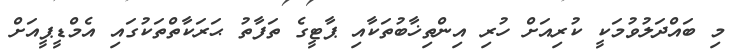
މި ބައްދަލުވުމަކީ ކުރިއަށް ހުރި އިންތިޚާބުތަކާއި ޕާޓީގެ ތަފާތު ޙަރަކާތްތަކުގައި އެމްޑީޕީއަށް